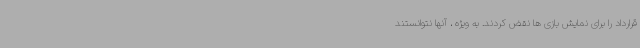
قرارداد را برای نمایش بازی ها نقض کردند. به ویژه ، آنها نتوانستند